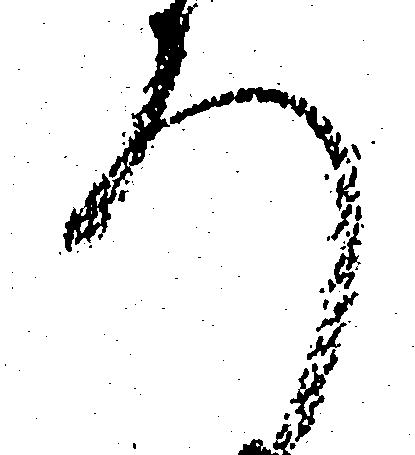
ろ